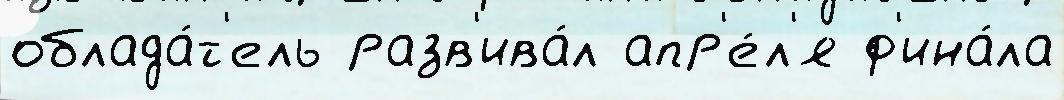
облада́т'ель разв'ива́л апр'е́л'я ф'ина́ла